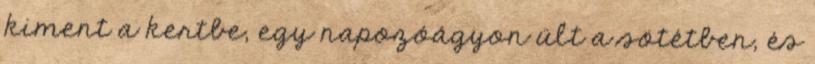
kiment a kertbe, egy napozóágyon ült a sötétben, és